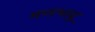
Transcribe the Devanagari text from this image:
मणभावू